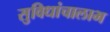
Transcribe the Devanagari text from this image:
सुविधांचालाभ